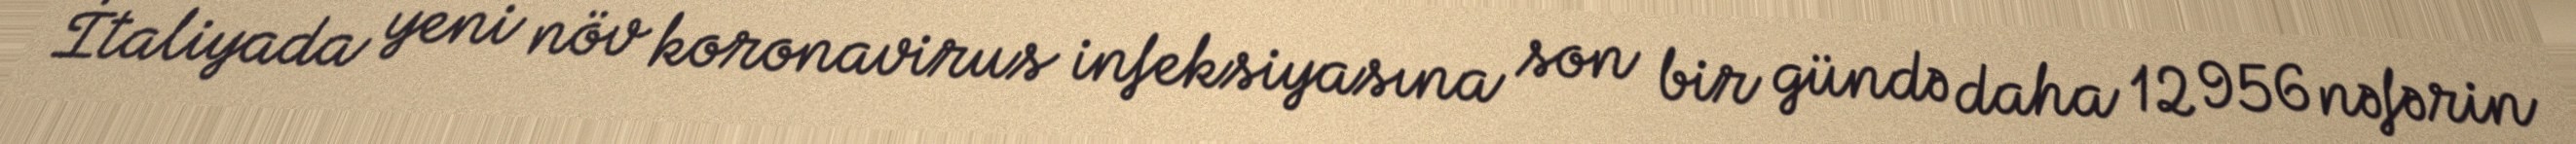
İtaliyada yeni növ koronavirus infeksiyasına son bir gündə daha 12 956 nəfərin